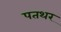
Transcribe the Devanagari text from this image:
पतथर